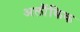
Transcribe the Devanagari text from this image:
अलौंकिक